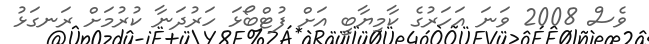
ވެސް 2008 ވަނަ އަހަރުގެ ކާމިޔާބީ އަށް ފުޓްބޯޅަ ހަރުދަނާ ކުރުމަށް ރަނގަޅު